Lunatic asylums Burma 1907-21 - 1907-1921
Year: 1907
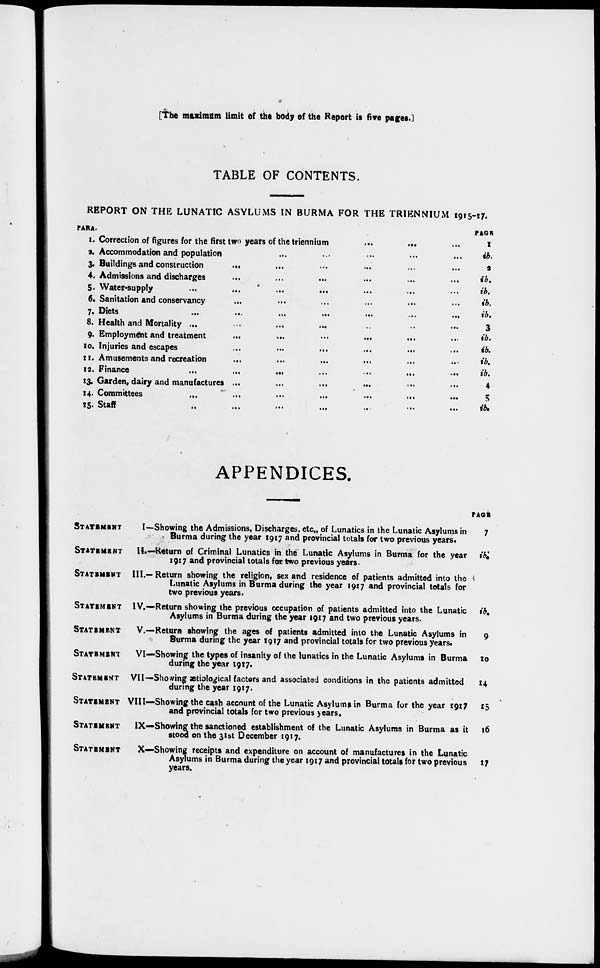
[The maximum limit of the body of the Report is five pages.]
TABLE OF CONTENTS.
REPORT ON THE LUNATIC ASYLUMS IN BURMA FOR THE TRIENNIUM 1915-17.
PARA.
1. Correction of figures for the first two years of the triennium
...
...
2. Accommodation and population ... ... ... ... ...
3. Buildings and construction
... ... ... ... ... ...
4. Admissions and discharges ... ... ... ... ... ...
5. Water-supply ... ... ... ... ... ...
6. Sanitation and conservancy ... ... ... ... ... ...
7. Diets
...
...
...
...
...
...
...
8. Health and Mortality ... ... ... ... ... ... ...
9. Employment and treatment
...
...
...
...
...
10. Injuries and escapes
...
...
... ... ... ...
11. Amusements and recreation
... ... ... ... ... ...
12. Finance
...
...
...
...
...
...
...
13. Garden, dairy and manufactures ... ... ... ... ... ...
14. Committees
...
...
...
...
...
...
...
15. Staff
..
...
...
...
...
...
...
PAGE
1
ib.
2
ib.
ib.
ib.
ib.
3
ib.
ib.
ib.
ib.
4
5
ib.
APPENDICES.
STATEMENT
I—Showing the Admissions, Discharges, etc., of Lunatics in the Lunatic Asylums in
Burma during the year 1917 and provincial totals for two previous years.
STATEMENT
II.—Return of Criminal Lunatics in the Lunatic Asylums in Burma for the year
1917 and provincial totals for two previous years.
STATEMENT III.— Return showing the religion, sex and residence of patients admitted into the
Lunatic Asylums in Burma during the year 1917 and provincial totals for
two previous years.
STATEMENT IV.—Return showing the previous occupation of patients admitted into the Lunatic
Asylums in Burma during the year 1917 and two previous years.
STATEMENT
V.—Return showing the ages of patients admitted into the Lunatic Asylums in
Burma during the year 1917 and provincial totals for two previous years.
STATEMENT
VI—Showing the types of insanity of the lunatics in the Lunatic Asylums in Burma
during the year 1917.
STATEMEMT VII—Showing ætiological factors and associated conditions in the patients admitted
during the year 1917.
STATEMENT VIII—Showing the cash account of the Lunatic Asylums in Burma for the year 1917
and provincial totals for two previous years.
STATEMENT
IX—Showing the sanctioned establishment of the Lunatic Asylums in Burma as it
stood on the 31st December 1917.
STATEMENT
X—Showing receipts and expenditure on account of manufactures in the Lunatic
Asylums in Burma during the year 1917 and provincial totals for two previous
years.
PAGE
7
ib.
ib.
9
10
14
15
16
17